Malaria in the Duars
Disease focus: Malaria
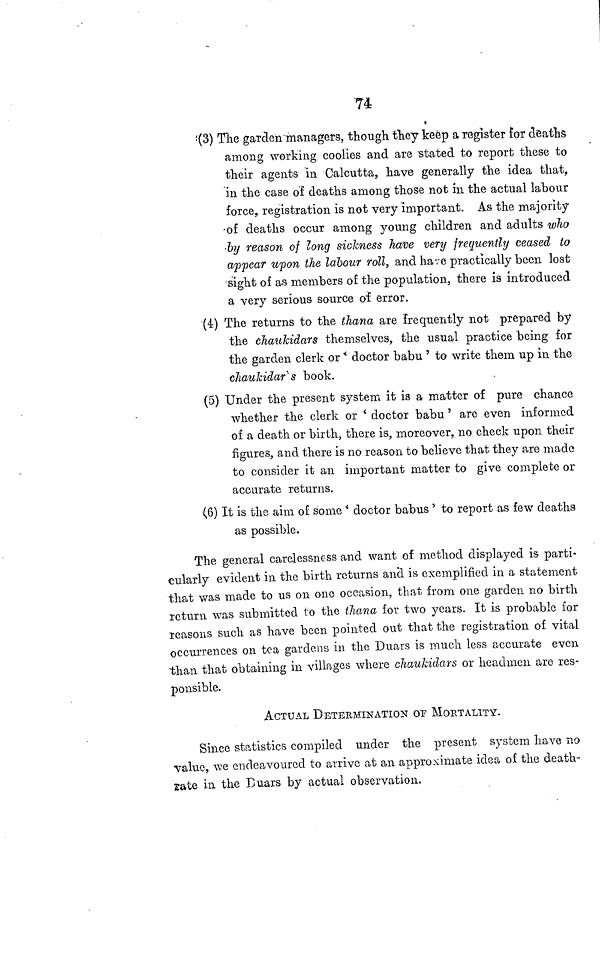
74
(3) The garden managers, though they keep a register for deaths
among working coolies and are stated to report these to
their agents in Calcutta, have generally the idea that,
in the case of deaths among those not in the actual labour
force, registration is not very important. As the majority
•of deaths occur among young children and adults who
•by reason of long sickness have very frequently ceased to
appear upon the labour roll, and have practically been lost
sight of as members of the population, there is introduced
a very serious source of error.
(4) The returns to the thana are frequently not prepared by
the chaulddars themselves, the usual practice being for
the garden clerk or ' doctor babu ' to write them up in the
chaulddar' s book.
(5) Under the present system it is a matter of pure chance
whether the clerk or ' doctor babu ' are even informed
of a death or birth, there is, moreover, no check upon their
figures, and there is no reason to believe that they are made
to consider it an important matter to give complete or
accurate returns.
(6) It is the aim of some ' doctor babus ' to report as few deaths
as possible.
The general carelessness and want of method displayed is parti-
cularly evident in the birth returns and is exemplified in a statement
that was made to us on one occasion, that from one garden no birth
return was submitted to the than a for two years. It is probable for
reasons such as have been pointed out that the registration of vital
occurrences on tea gardens in the Duars is much less accurate even
than that obtaining in villages where chaukidars or headmen are res-
ponsible.
ACTUAL DETERMINATION OP MORTALITY.
Since statistics compiled under the present system have no
value, we endeavoured to arrive at an approximate idea of the death-
sate in the Duars by actual observation.